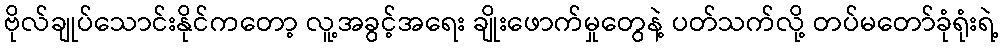
ဗိုလ်ချုပ်သောင်းနိုင်ကတော့ လူ့အခွင့်အရေး ချိုးဖောက်မှုတွေနဲ့ ပတ်သက်လို့ တပ်မတော်ခုံရုံးရဲ့